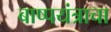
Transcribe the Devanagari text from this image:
बाष्पयंत्राचा